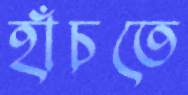
হাঁচতে